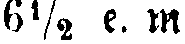
6½ e. m